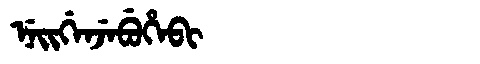
Manchu: ᠨᡝᡳᡤᡝᠨᠵᡝᠪᡠᡥᡝᠪᡳ
Romanization: NEIGENJEBUHEBI